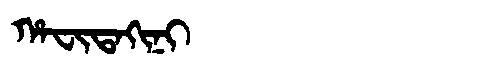
Manchu: ᡥᠠᠸᡳᡨᠠᡴᡳᠨᡳ
Romanization: HAFITAKINI